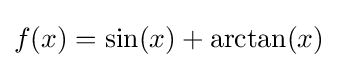
f(x)=\sin(x)+\arctan(x)